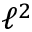
\ell ^ { 2 }